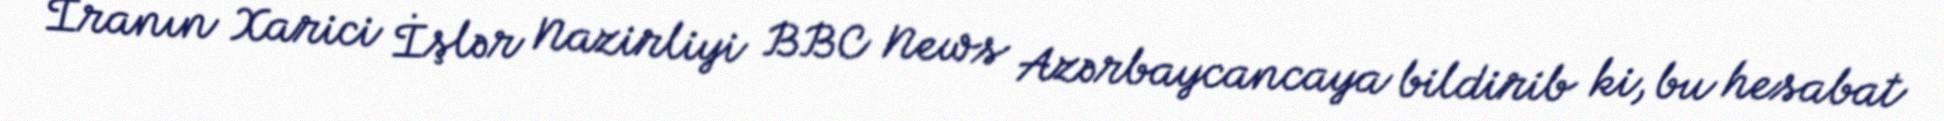
İranın Xarici İşlər Nazirliyi BBC News Azərbaycancaya bildirib ki, bu hesabat